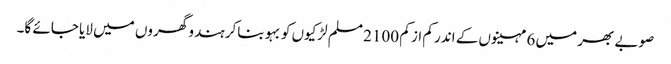
صوبے بھر میں 6 مہینوں کے اندر کم از کم 2100 مسلم لڑکیوں کو بہو بناکر ہندو گھروں میں لایا جائے گا۔